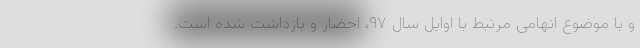
و با موضوع اتهامیِ مرتبط با اوایل سال ۹۷، احضار و بازداشت شده است.